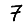
Digit: 7